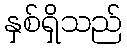
နှစ်ရှိသည်